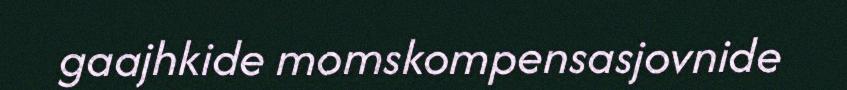
gaajhkide momskompensasjovnide